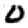
Digit: 0